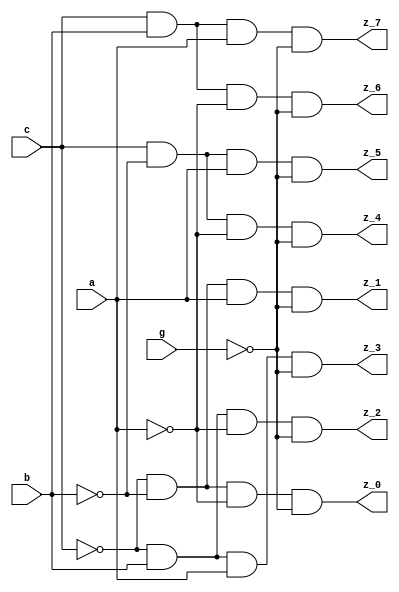
module dec38gh
(
	output z_0,
	output z_1,
	output z_2,
	output z_3,
	output z_4,
	output z_5,
	output z_6,
	output z_7,
	input a,
	input b,
	input c,
	input g
);
wire al;
wire bl;
wire cl;
wire gl;

// LEGO.NET (243) - al : ivh
assign al = ~a;

// LEGO.NET (244) - bl : ivh
assign bl = ~b;

// LEGO.NET (245) - cl : ivh
assign cl = ~c;

// LEGO.NET (246) - gl : ivh
assign gl = ~g;

// LEGO.NET (248) - z[0] : an4p
assign z_0 = cl & bl & al & gl;

// LEGO.NET (249) - z[1] : an4p
assign z_1 = cl & bl & a & gl;

// LEGO.NET (250) - z[2] : an4p
assign z_2 = cl & b & al & gl;

// LEGO.NET (251) - z[3] : an4p
assign z_3 = cl & b & a & gl;

// LEGO.NET (252) - z[4] : an4p
assign z_4 = c & bl & al & gl;

// LEGO.NET (253) - z[5] : an4p
assign z_5 = c & bl & a & gl;

// LEGO.NET (254) - z[6] : an4p
assign z_6 = c & b & al & gl;

// LEGO.NET (255) - z[7] : an4p
assign z_7 = c & b & a & gl;
endmodule